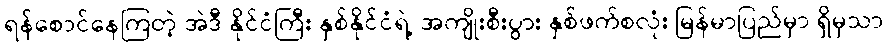
ရန်စောင်နေကြတဲ့ အဲဒီ နိုင်ငံကြီး နှစ်နိုင်ငံရဲ့ အကျိုးစီးပွား နှစ်ဖက်စလုံး မြန်မာပြည်မှာ ရှိမှသာ